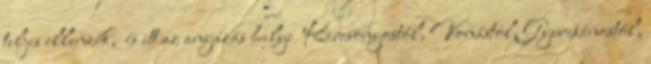
teljes ellenzék, és itt az anyázás helye Karcsonyostól, Vonástól, Gyurcsánostól,